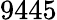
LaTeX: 9445